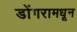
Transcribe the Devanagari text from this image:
डोंगरामधून